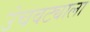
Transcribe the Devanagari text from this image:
उंचवट्याला